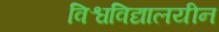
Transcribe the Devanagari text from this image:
विश्वविद्यालयीन